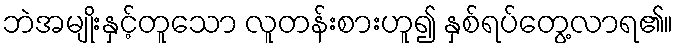
ဘဲအမျိုးနှင့်တူသော လူတန်းစားဟူ၍ နှစ်ရပ်တွေ့လာရ၏။